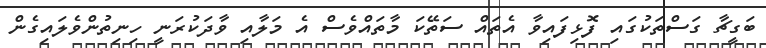
ބަގީޗާ ގަސްތަކުގައި ފޮޅިފައިވާ އެތައް ސަތޭކަ މާތައްވެސް އެ މަލާއި ވާދަކުރަނީ ހިނިތުންވެލައިގެން